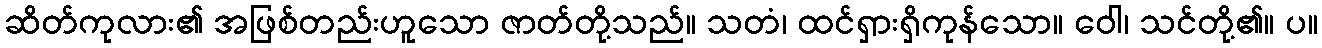
ဆိတ်ကုလား၏ အဖြစ်တည်းဟူသော ဇာတ်တို့သည်။ သတံ၊ ထင်ရှားရှိကုန်သော။ ဝေါ၊ သင်တို့၏။ ပ။